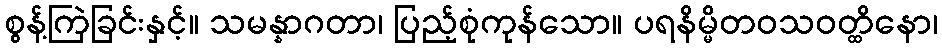
စွန့်ကြဲခြင်းနှင့်။ သမန္နာဂတာ၊ ပြည့်စုံကုန်သော။ ပရနိမ္မိတဝသဝတ္ထိနော၊